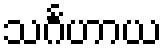
သင်္ဂဟာယ